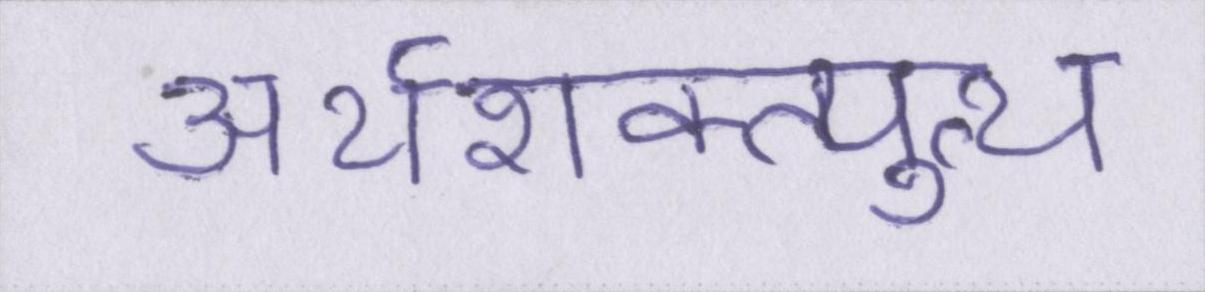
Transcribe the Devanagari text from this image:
अर्थशक्त्युत्थ